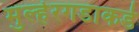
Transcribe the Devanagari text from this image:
मुल्हेरगडाकडे